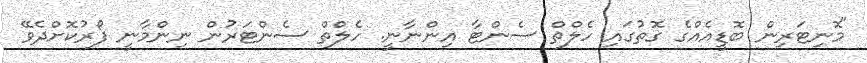
"މޮނިޓަރިން ބޮޑީއެއްގެ ގޮތުގައި ހެލްތް ސެންޓާ އިންނާނީ. ހެލްތް ސެންޓަރުން ނިންމާނީ ފޯރުކޮށްދެވޭ